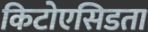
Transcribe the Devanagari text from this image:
किटोएसिडता